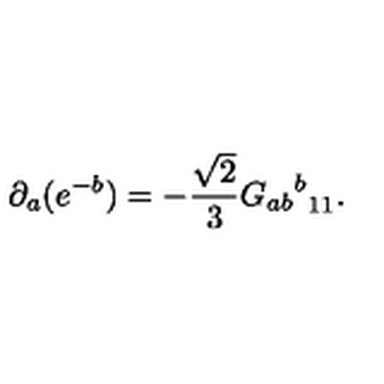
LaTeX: \partial _ { a } ( e ^ { - b } ) = - \frac { \sqrt { 2 } } { 3 } { { G _ { a b } } ^ { b } } _ { 1 1 } .